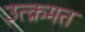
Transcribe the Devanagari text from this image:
उत्क्रमत